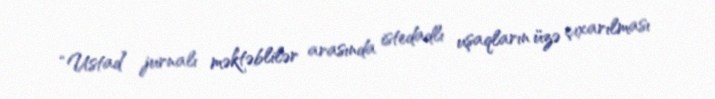
“Ustad” jurnalı məktəblilər arasında istedadlı uşaqların üzə çıxarılması